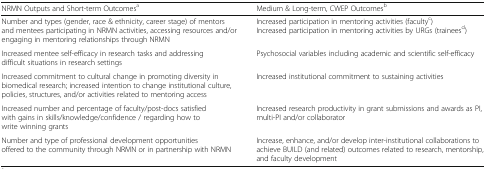
<table><thead><tr><td><b>NRMN Outputs and Short-term Outcomes<sup>a</sup></b></td><td><b>Medium &amp; Long-term, CWEP Outcomes<sup>b</sup></b></td></tr></thead><tbody><tr><td>Number and types (gender, race &amp; ethnicity, career stage) of mentors and mentees participating in NRMN activities, accessing resources and/or engaging in mentoring relationships through NRMN</td><td>Increased participation in mentoring activities (faculty<sup>c</sup>)Increased participation in mentoring activities by URGs (trainees<sup>d</sup>)</td></tr><tr><td>Increased mentee self-efficacy in research tasks and addressing difficult situations in research settings</td><td>Psychosocial variables including academic and scientific self-efficacy</td></tr><tr><td>Increased commitment to cultural change in promoting diversity in biomedical research; increased intention to change institutional culture, policies, structures, and/or activities related to mentoring access</td><td>Increased institutional commitment to sustaining activities</td></tr><tr><td>Increased number and percentage of faculty/post-docs satisfied with gains in skills/knowledge/confidence / regarding how to write winning grants</td><td>Increased research productivity in grant submissions and awards as PI, multi-PI and/or collaborator</td></tr><tr><td>Number and type of professional development opportunities offered to the community through NRMN or in partnership with NRMN</td><td>Increase, enhance, and/or develop inter-institutional collaborations to achieve BUILD (and related) outcomes related to research, mentorship, and faculty development</td></tr></tbody></table>